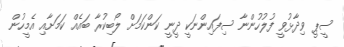
ސީޕީ ވިދާޅުވީ ފުލުހުންނާ ސިފައިންނަކީ ދީނީ ކަންކަމަށް ލޯބިކުރާ ބައެއް ކަމަށާއި އެމީހުން